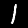
Label: 1